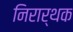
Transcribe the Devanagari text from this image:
निरार्थक